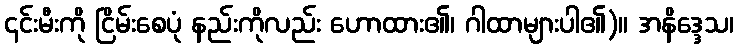
၎င်းမီးကို ငြိမ်းစေပုံ နည်းကိုလည်း ဟောထား၏၊ ဂါထာများပါ၏)။ အနိဒ္ဒေသ၊